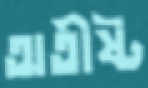
অতীষ্ট